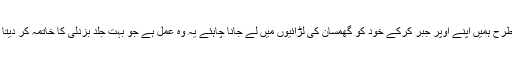
اسی طرح ہمیں اپنے اوپر جبر کرکے خود کو گھمسان کی لڑائیوں میں لے جانا چاہئے یہ وہ عمل ہے جو بہت جلد بزدلی کا خاتمہ کر دیتا ہے ۔